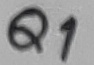
Text: Q1